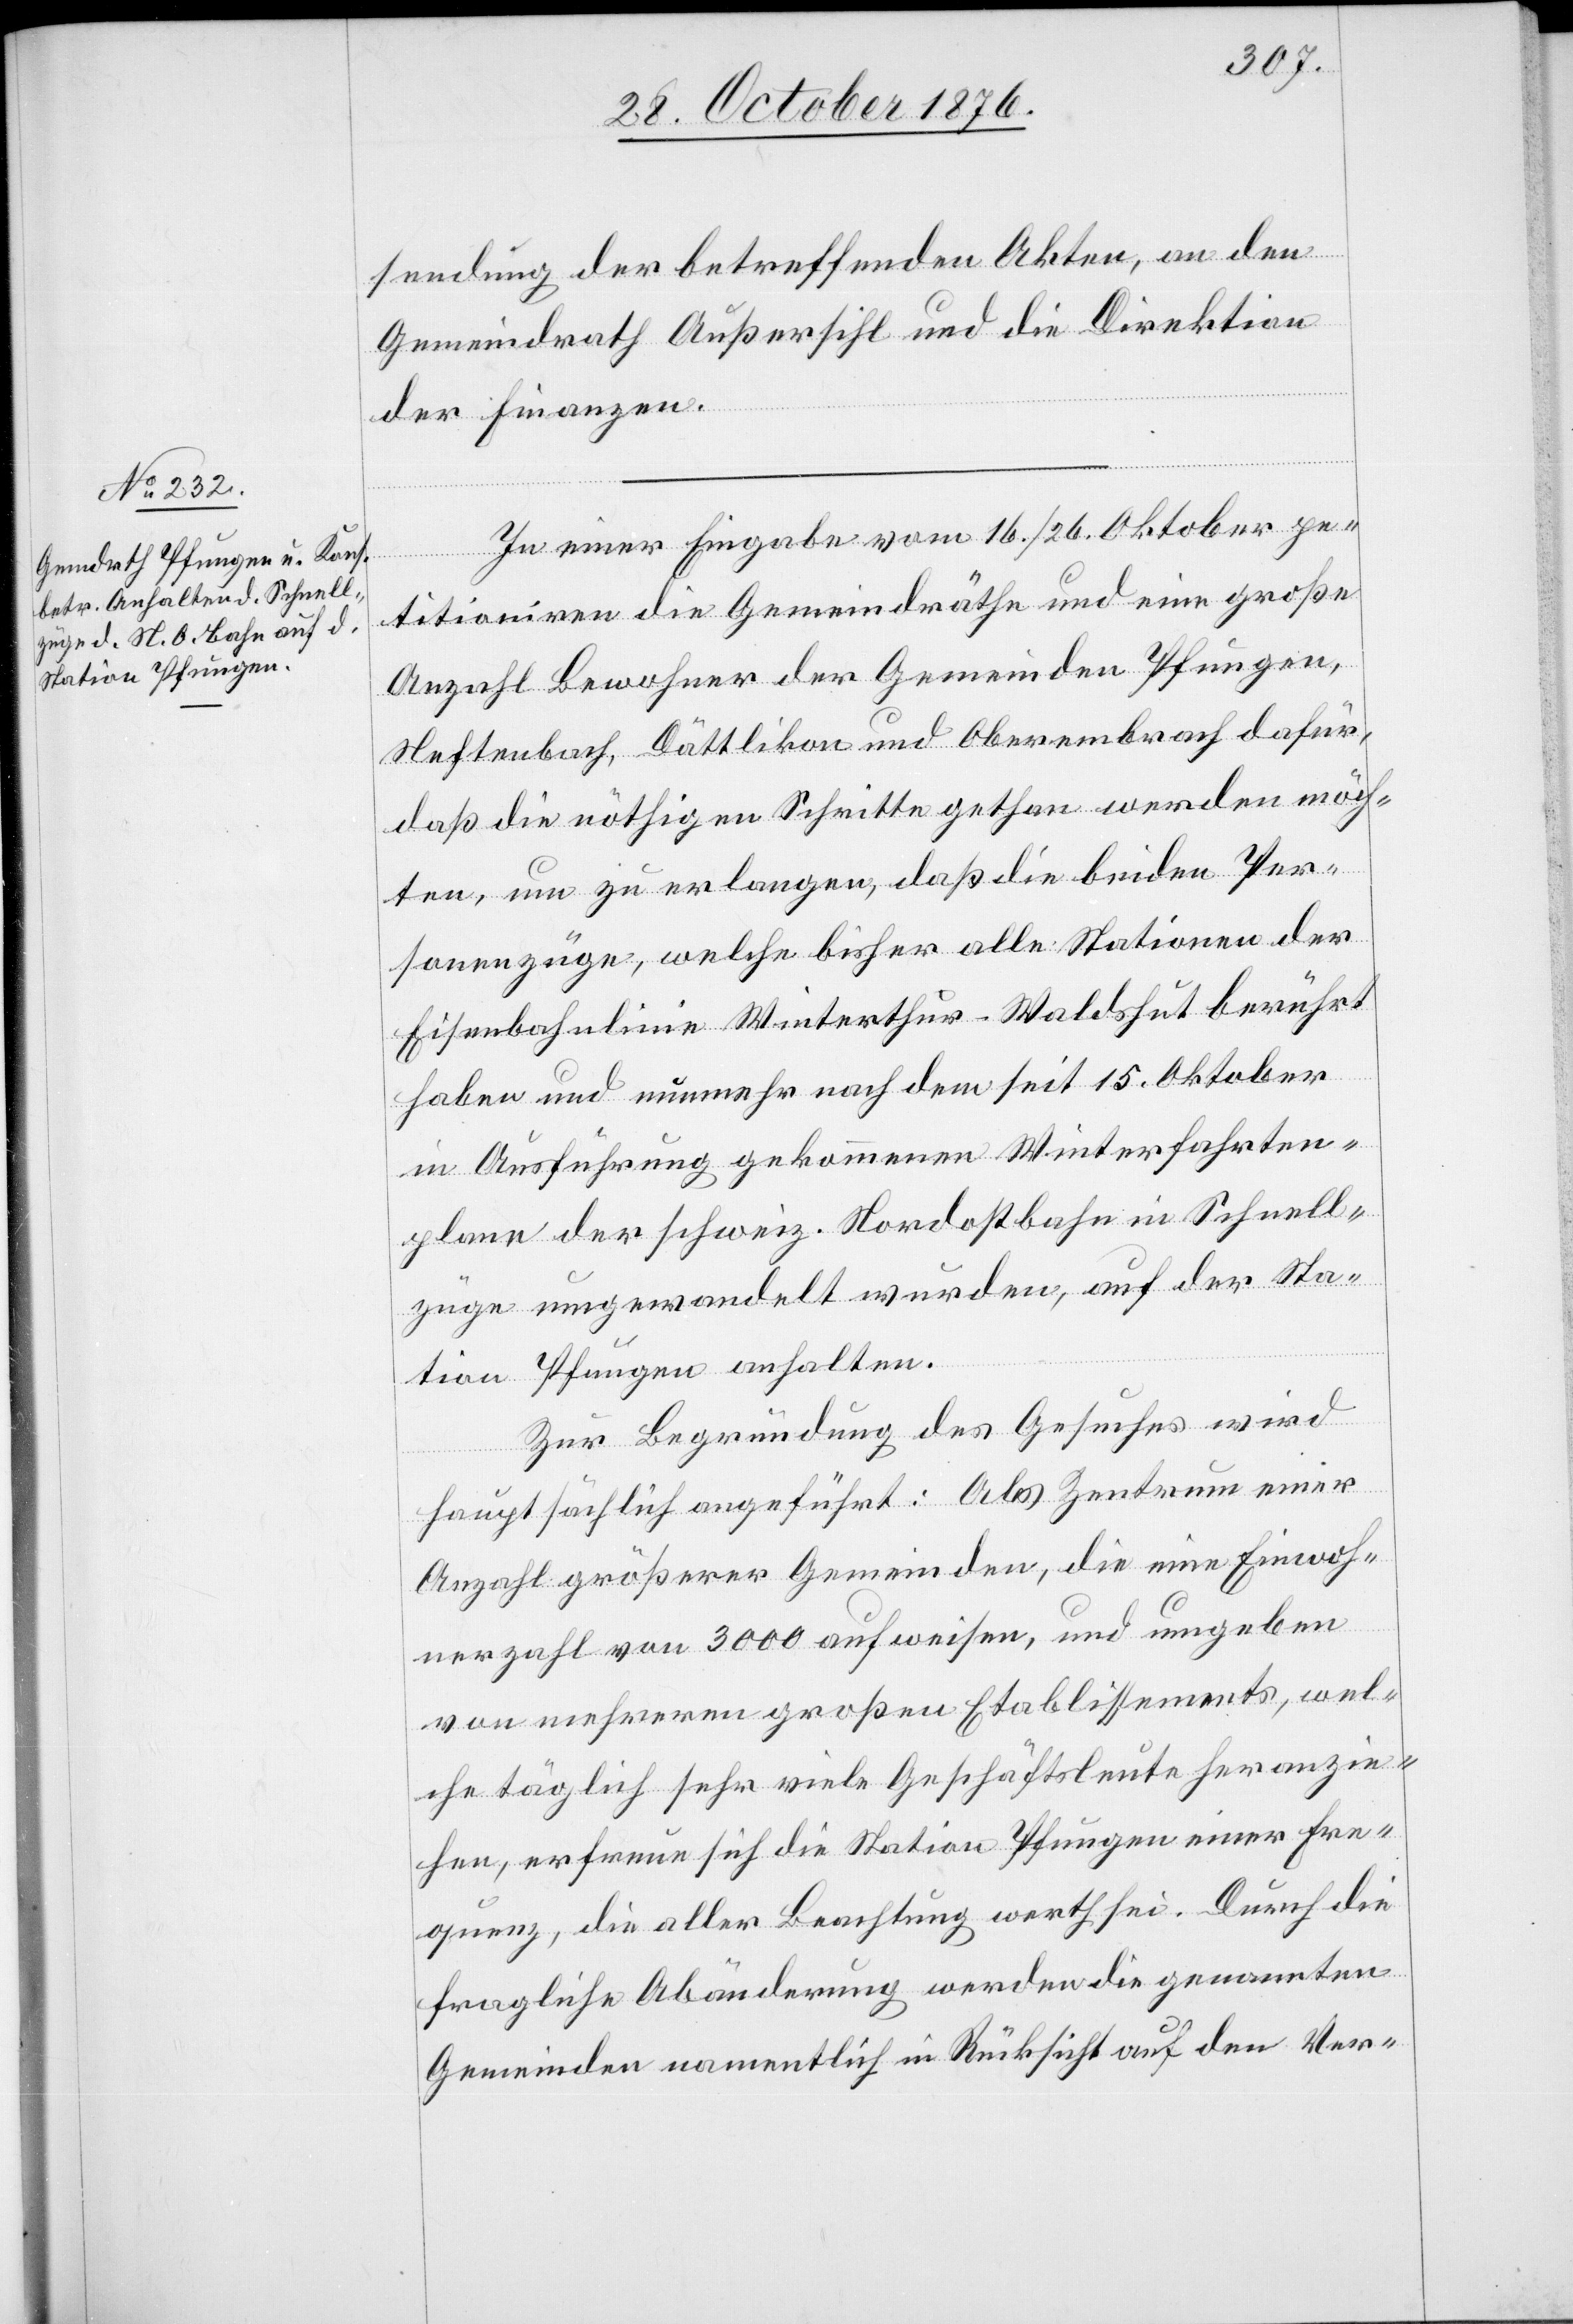
In einer Eingabe vom 16./26. Oktober pe¬
titioniren die Gemeindräthe und eine große
Anzahl Bewohner der Gemeinden Pfungen,
Neftenbach, Dättlikon und Oberembrach dafür,
daß die nöthigen Schritte gethan werden möch¬
ten, um zu erlangen, daß die beiden Per¬
sonenzüge, welche bisher alle Stationen der
Eisenbahnlinie Winterthur–Waldshut berührt
haben und nunmehr nach dem seit 15. Oktober
in Ausführung gekommenen Winterfahrten¬
plane der schweiz. Nordostbahn in Schnell¬
züge umgewandelt wurden, auf der Sta¬
tion Pfungen anhalten.
Zur Begründung des Gesuches wird
hauptsächlich angeführt: Als Zentrum einer
Anzahl größerer Gemeinde, die eine Einwoh¬
nerzahl von 3000 aufweisen, und umgeben
von mehreren großen Etablissements, wel¬
che täglich sehr viele Geschäftsleute heranzei¬
hen, erfreue sich die Station Pfungen einer Fre¬
quenz, die aller Beachtung werth sei. Durch die
fragliche Abänderung werden die genannten
Gemeinden namentlich in Rücksicht auf den Ver-